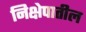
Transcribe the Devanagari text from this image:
निक्षेपातील